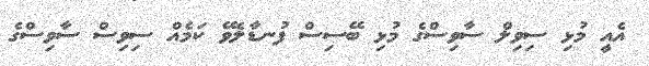
އެއީ މުޅި ސިވިލް ސާވިސްގެ މުޅި ބޭސިސް ފުނޑާލެވޭ ކަމެއް ސިވިސް ސާވިސްގެ